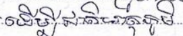
ដើម្បីជាតិមាតុភូមិ